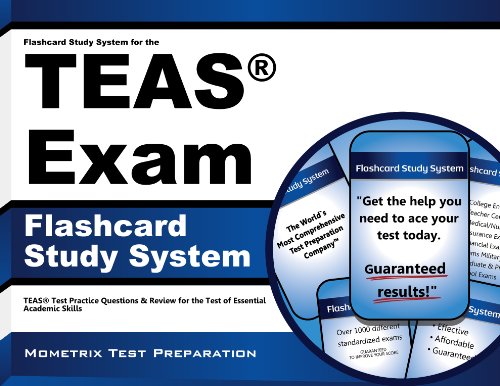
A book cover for Flashcard Study System for the TEASÂ® Exam: TEASÂ® Test Practice Questions & Review for the Test of Essential Academic Skills (Cards); TEASÂ® Exam Secrets Test Prep Team; Test Preparation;